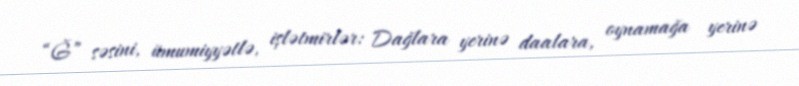
“Ğ” səsini, ümumiyyətlə, işlətmirlər: Dağlara yerinə daalara, oynamağa yerinə